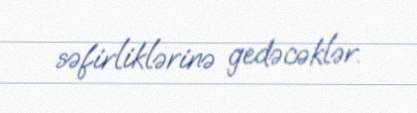
səfirliklərinə gedəcəklər.